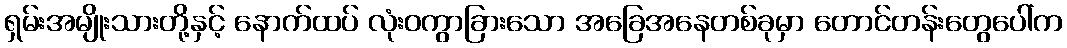
ရှမ်းအမျိုးသားတို့နှင့် နောက်ထပ် လုံးဝကွာခြားသော အခြေအနေတစ်ခုမှာ တောင်တန်းတွေပေါ်က